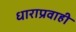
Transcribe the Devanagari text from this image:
धाराप्रवाही